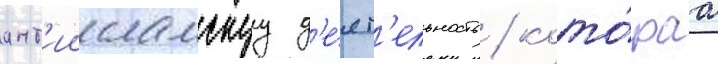
ант'иисламскуу д'е́ят'ельность / кото́раа